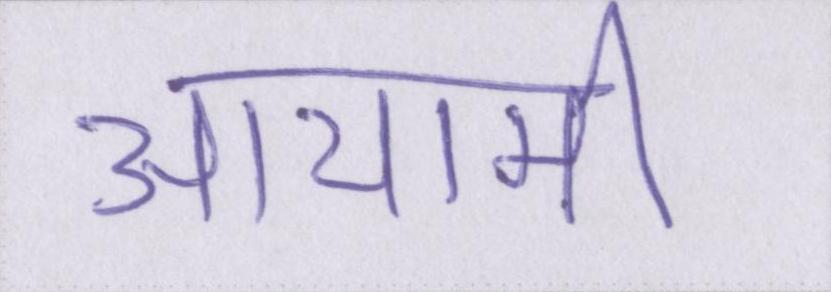
आयामी